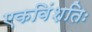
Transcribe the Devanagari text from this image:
एकविंशतिः